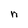
Character: n